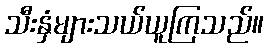
သီးနှံများသယ်ယူကြသည်။